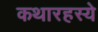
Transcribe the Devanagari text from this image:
कथारहस्ये